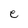
Character: e